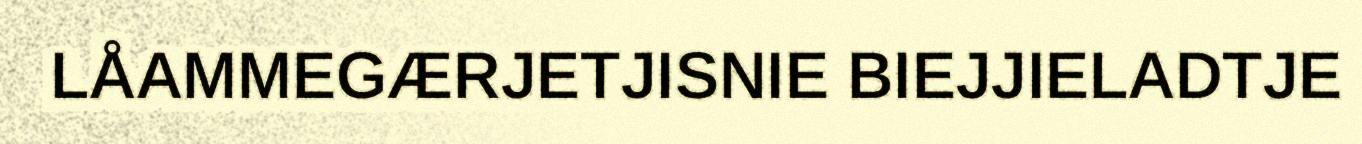
LÅAMMEGÆRJETJISNIE BIEJJIELADTJE